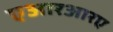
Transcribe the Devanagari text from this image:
एआरआरए